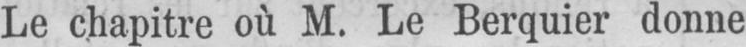
Le chapitre où M. Le Berquier donne